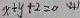
x + y + 2 = 0 ( 4 )